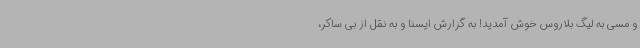
و مسی به لیگ بلاروس خوش آمدید! به گزارش ایسنا و به نقل از بی ساکر،